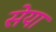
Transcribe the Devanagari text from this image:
सेया